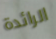
الرائدة